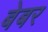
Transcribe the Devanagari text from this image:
बेबर